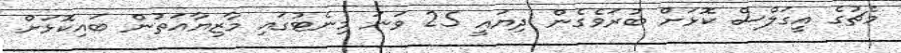
މެޗުގެ އީގަލްސް ކޮޅަށް ބުރަވެގެން ދިޔައީ 25 ވަނަ މިނެޓުގައި މާޒިޔާއަތުން ބައިކޮޅަށް